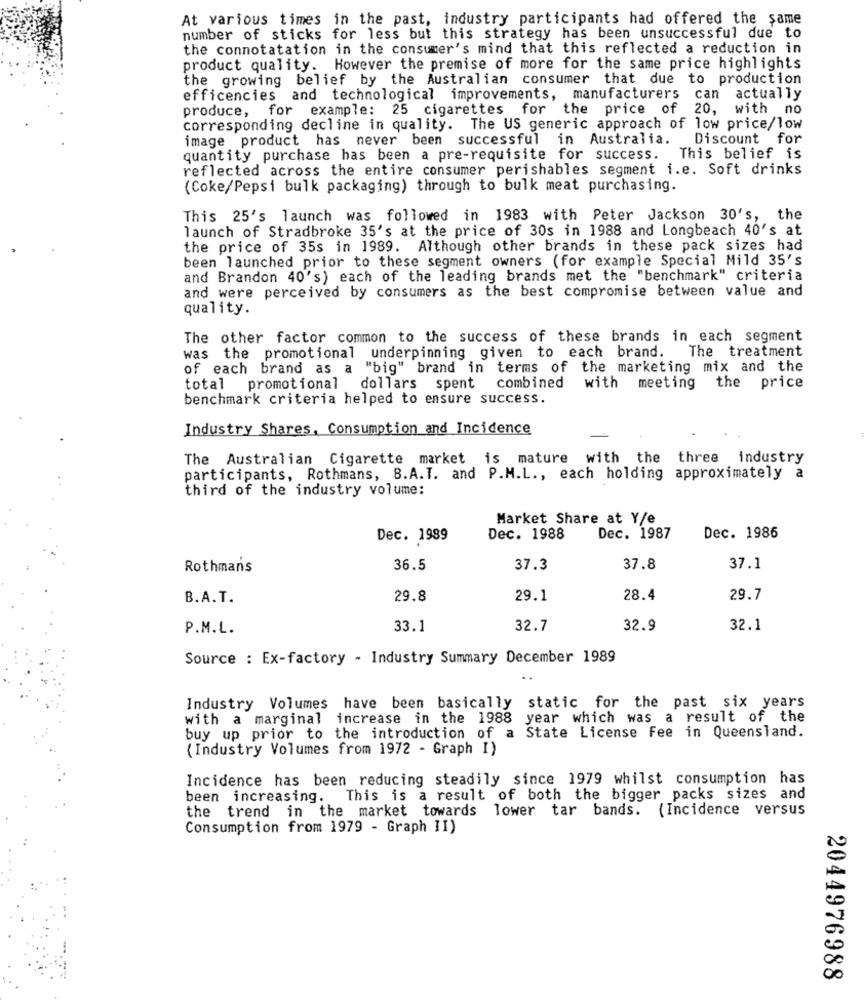
At various times in the past, industry participants had offered the same
number of sticks for less but this strategy has been unsuccessful due to
the connotatation in the consumer's mind that this reflected a reduction in
product quality. However the premise of more for the same price highlights
the growing belief by the Australian consumer that due to production
efficencies and technological improvements, manufacturers can actually
produce, for example: 25 cigarettes for the price of 20, with no
corresponding decline in quality. The US generic approach of low price/low
image product has never been successful in Australia.
Discount for
quantity purchase has been a pre-requisite for success. This belief is
reflected across the entire consumer perishables segment i.e. Soft drinks
(Coke/Pepsi bulk packaging) through to bulk meat purchasing.
This 25's launch was followed in 1983 with Peter Jackson 30's,
the
launch of Stradbroke 35's at the price of 30s in 1988 and Longbeach 40's at
the price of 35s in 1989. Although other brands in these pack sizes had
been launched prior to these segment owners (for example Special Mild 35's
and Brandon 40's) each of the leading brands met the "benchmark" criteria
and were perceived by consumers as the best compromise between value and
quality.
The other factor common to the success of these brands in each segment
The treatment
was the promotional underpinning given to each brand.
of each brand as a "big" brand in terms of the marketing mix and the
total promotional dollars spent combined with meeting the price
benchmark criteria helped to ensure success.
Industry Shares, Consumption and Incidence
The Australian Cigarette market is mature with the
three industry
participants, Rothmans, B.A.T. and P.M.L ., each holding approximately a
third of the industry volume:
Market Share at Y/e
Dec. 1989
Dec. 1988
Dec. 1987
Dec. 1986
Rothmans
36.5
37.3
37.8
37.1
B.A. T.
29.8
29.1
28.4
29.7
P.M.L.
33.1
32.7
32.9
32.1
Source : Ex-factory - Industry Summary December 1989
Industry Volumes have been basically static for the past six years
with a marginal increase in the 1988 year which was a result of the
buy up prior to the introduction of a State License Fee in Queensland.
(Industry Volumes from 1972 - Graph I)
Incidence has been reducing steadily since 1979 whilst consumption has
been increasing. This is a result of both the bigger packs sizes and
the trend in the market towards lower tar bands. (Incidence versus
Consumption from 1979 - Graph II)
2044976988